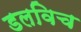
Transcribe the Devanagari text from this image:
डलविच